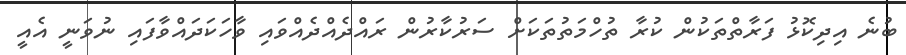
ބުނެ އިދިކޮޅު ފަރާތްތަކުން ކުރާ ތުހްމަތުތަކަށް ސަރުކާރުން ރައްދެއްދެއްވައި ވާހަކަދައްވާފައި ނުވަނީ އެއީ